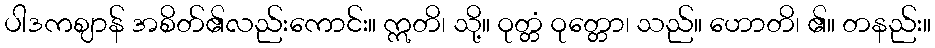
ပါဒကဈာန် အစိတ်၏လည်းကောင်း။ ဣတိ၊ သို့။ ဝုတ္တံ ဝုတ္တော၊ သည်။ ဟောတိ၊ ၏။ တနည်း။